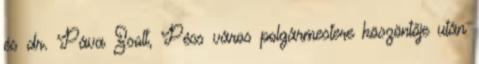
és dr. Páva Zsolt, Pécs város polgármestere köszöntője után